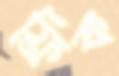
ফ্রিক